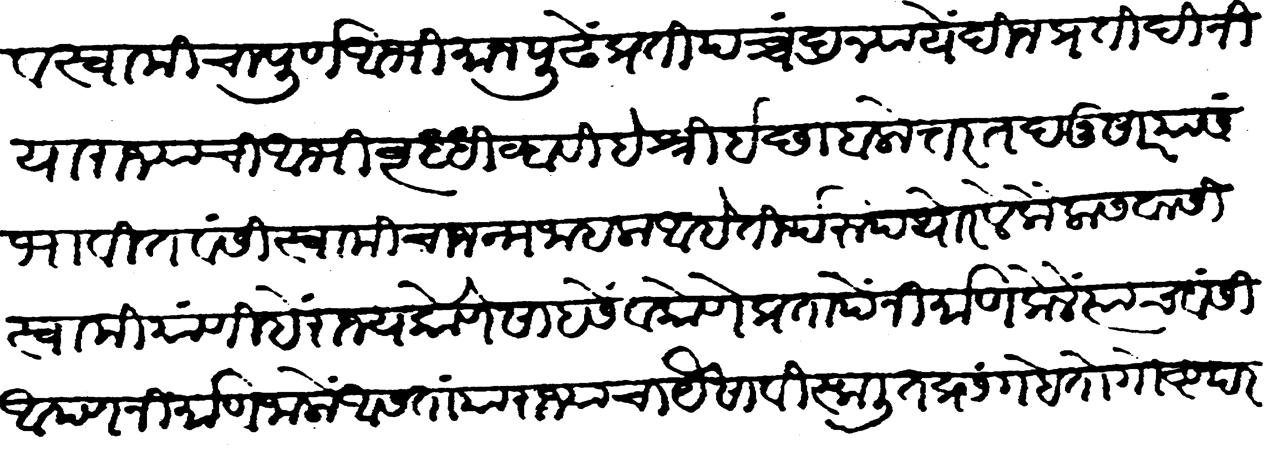
Transliteration (Devanagari): व स्वामीचा पूर्ण अभिमान पुढें प्रतिपच्चंद्रन्यायें दिनप्रतिदिनीं राज्याची अभिवृद्धि व्हावी हे श्रीइच्छा बलोत्तर तदनुसार या संभावित वंशीं स्वामीचा जन्म जाहला आहे. तीर्थरूप थोरले कैलासवासी स्वामी यांणी हे राज्य कोणे साहसें व कोणे प्रतापें निर्माण केलें त्याच वंशी आपण निर्माण जालों आसतां या राज्याचा यैसा विस्खलित प्रसंग हे तो गोष्ट परम